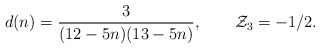
\begin{align*}d(n)={3\over (12-5n)(13-5n)},\qquad {\cal Z}_3=-1/2.\end{align*}